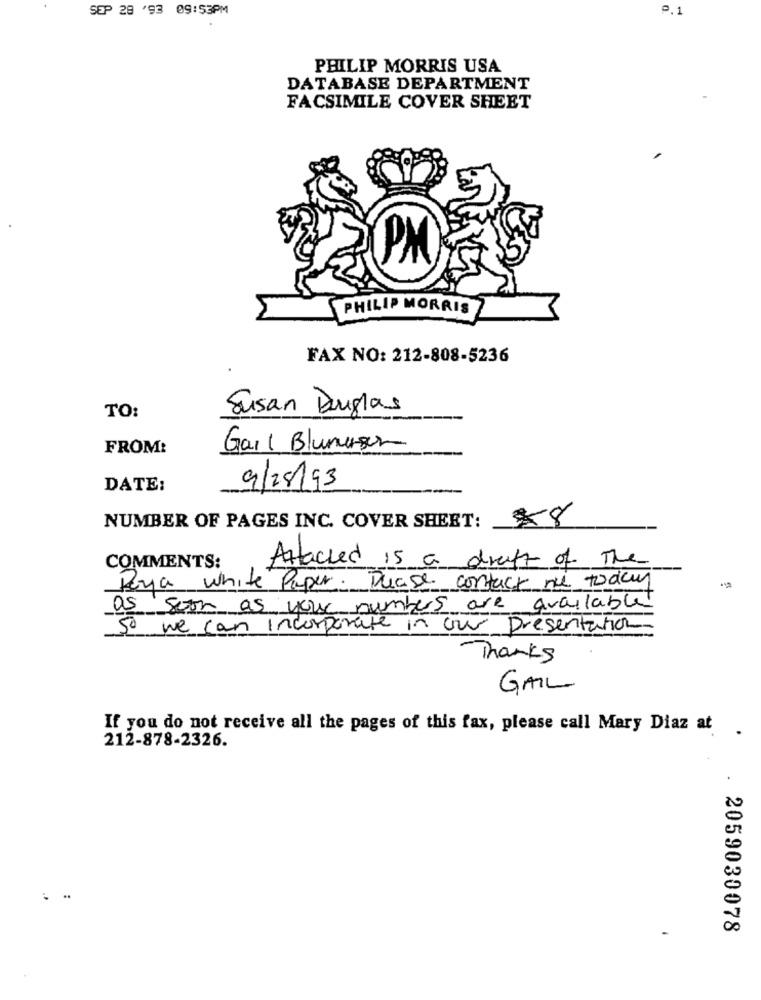
SEP 28 '93 09:53PM
P.1
PHILIP MORRIS USA
DATABASE DEPARTMENT
FACSIMILE COVER SHEET
PM
PHILIP MORRIS
FAX NO: 212-808-5236
Susan Douglas
TO:
FROM:
Gail Blumeson
DATE:
9/28/93
58
NUMBER OF PAGES INC. COVER SHEET:
COMMENTS:
Attached is a draft of The
Reyja white Paper. Dease contact me today
as soon as your numbers are availablet
So we can incorporate in our presentation
Thanks
GAIL
If you do not receive all the pages of this fax, please call Mary Diaz at
212-878-2326.
: -
2059030078